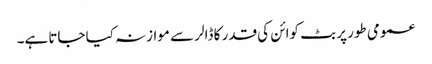
عمومی طور پر بٹ کوائن کی قدر کا ڈالر سے موازنہ کیا جاتا ہے۔